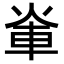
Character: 𮝃